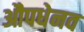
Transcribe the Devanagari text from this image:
औपधेनव